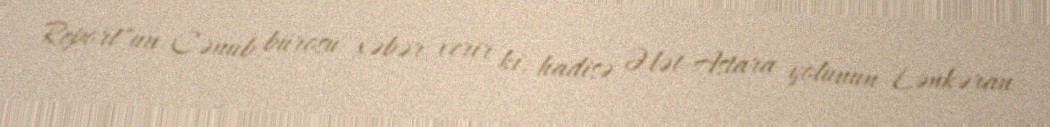
Report"un Cənub bürosu xəbər verir ki, hadisə Ələt-Astara yolunun Lənkəran